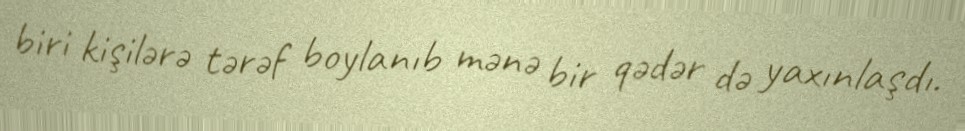
biri kişilərə tərəf boylanıb mənə bir qədər də yaxınlaşdı.